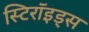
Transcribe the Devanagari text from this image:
स्टिरॉइड्स